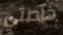
خاصتي